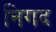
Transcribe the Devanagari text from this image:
निगद